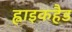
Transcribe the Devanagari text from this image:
ह्वाइकहैड